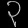
Digit: ၃